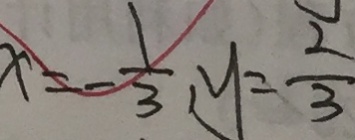
x = - \frac { 1 } { 3 } , y = \frac { 2 } { 3 }